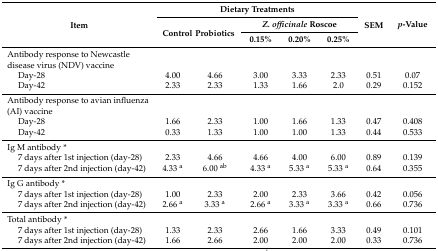
<table><thead><tr><td rowspan="3"><b>Item</b></td><td colspan="5"><b>Dietary Treatments</b></td><td rowspan="3"><b>SEM</b></td><td rowspan="3"><b><i>p</i>-Value</b></td></tr><tr><td rowspan="2"><b>Control</b></td><td rowspan="2"><b>Probiotics</b></td><td colspan="3"><b><i>Z. officinale</i> Roscoe</b></td></tr><tr><td><b>0.15%</b></td><td><b>0.20%</b></td><td><b>0.25%</b></td></tr></thead><tbody><tr><td>Antibody response to Newcastle disease virus (NDV) vaccine</td><td></td><td></td><td></td><td></td><td></td><td></td><td></td></tr><tr><td>Day-28</td><td>4.00</td><td>4.66</td><td>3.00</td><td>3.33</td><td>2.33</td><td>0.51</td><td>0.07</td></tr><tr><td>Day-42</td><td>2.33</td><td>2.33</td><td>1.33</td><td>1.66</td><td>2.0</td><td>0.29</td><td>0.152</td></tr><tr><td>Antibody response to avian influenza (AI) vaccine</td><td></td><td></td><td></td><td></td><td></td><td></td><td></td></tr><tr><td>Day-28</td><td>1.66</td><td>2.33</td><td>1.00</td><td>1.66</td><td>1.33</td><td>0.47</td><td>0.408</td></tr><tr><td>Day-42</td><td>0.33</td><td>1.33</td><td>1.00</td><td>1.00</td><td>1.33</td><td>0.44</td><td>0.533</td></tr><tr><td>Ig M antibody *</td><td></td><td></td><td></td><td></td><td></td><td></td><td></td></tr><tr><td>7 days after 1st injection (day-28)</td><td>2.33</td><td>4.66</td><td>4.66</td><td>4.00</td><td>6.00</td><td>0.89</td><td>0.139</td></tr><tr><td>7 days after 2nd injection (day-42)</td><td>4.33 <sup>a</sup></td><td>6.00 <sup>ab</sup></td><td>4.33 <sup>a</sup></td><td>5.33 <sup>a</sup></td><td>5.33 <sup>a</sup></td><td>0.64</td><td>0.355</td></tr><tr><td>Ig G antibody *</td><td></td><td></td><td></td><td></td><td></td><td></td><td></td></tr><tr><td>7 days after 1st injection (day-28)</td><td>1.00</td><td>2.33</td><td>2.00</td><td>2.33</td><td>3.66</td><td>0.42</td><td>0.056</td></tr><tr><td>7 days after 2nd injection (day-42)</td><td>2.66 <sup>a</sup></td><td>3.33 <sup>a</sup></td><td>2.66 <sup>a</sup></td><td>3.33 <sup>a</sup></td><td>3.33 <sup>a</sup></td><td>0.66</td><td>0.736</td></tr><tr><td>Total antibody *</td><td></td><td></td><td></td><td></td><td></td><td></td><td></td></tr><tr><td>7 days after 1st injection (day-28)</td><td>1.33</td><td>2.33</td><td>2.66</td><td>1.66</td><td>3.33</td><td>0.49</td><td>0.101</td></tr><tr><td>7 days after 2nd injection (day-42)</td><td>1.66</td><td>2.66</td><td>2.00</td><td>2.00</td><td>2.00</td><td>0.33</td><td>0.736</td></tr></tbody></table>